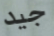
جيد